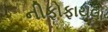
નીફોફાયલા